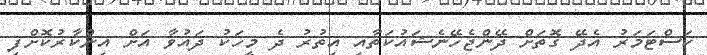
ކަސްޓަމަރު އެދޭ ގޮތަށް ދޭންޖެހޭނެޝައުކަތާއި އިތުރު ދެ މީހަކު ދައުވާ އަށް އިންކާރުކޮށްފި